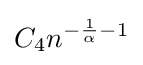
C_{4}n^{-{\frac {1}{\alpha }}-1}